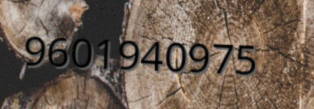
9601940975